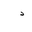
Letter: _dal